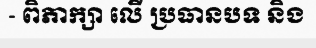
- ពិភាក្សា លើ ប្រធានបទ និង